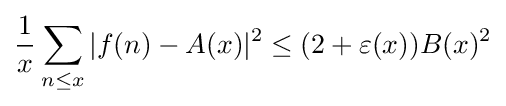
{\frac {1}{x}}\sum _{n\leq x}|f(n)-A(x)|^{2}\leq (2+\varepsilon (x))B(x)^{2}